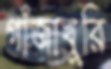
গাঁজাখুরি